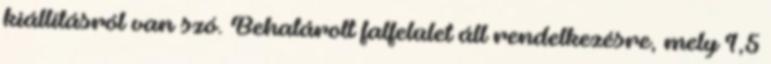
kiállításról van szó. Behatárolt falfelület áll rendelkezésre, mely 1,5